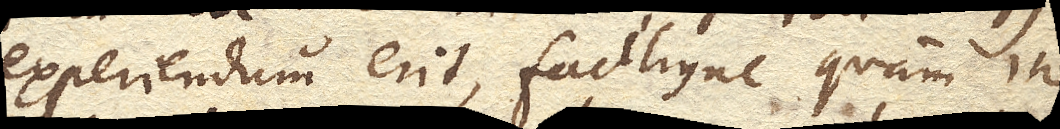
experiendum erit, faciliusne quam in